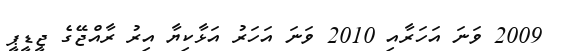
2009 ވަނަ އަހަރާއި 2010 ވަނަ އަހަރު އަޅާކިޔާ އިރު ރާއްޖޭގެ ޖީޑީޕީ